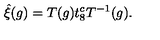
\hat { \xi } ( g ) = T ( g ) t _ { 8 } ^ { c } T ^ { - 1 } ( g ) .